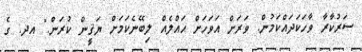
ސަރުކާރާ ވާހަކަދައްކަމުން. ވަރަށް އަވަހަށް ޙައްލެއް ލިބޭނެކަމަށް ޔަޤީން ކުރަން." އދ. ގެ